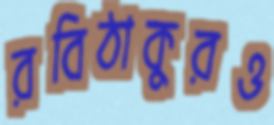
রবিঠাকুরও